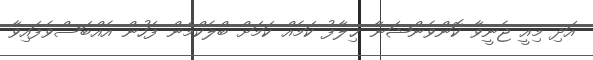
އަދި މިއީ ޖެނީވާ ކޮންވެންޝަނާ ޚިލާފު ކަމެއް ކަމަށް ބްލެކްމެން ފަހުން އެއްބަސްވެފައިވާ